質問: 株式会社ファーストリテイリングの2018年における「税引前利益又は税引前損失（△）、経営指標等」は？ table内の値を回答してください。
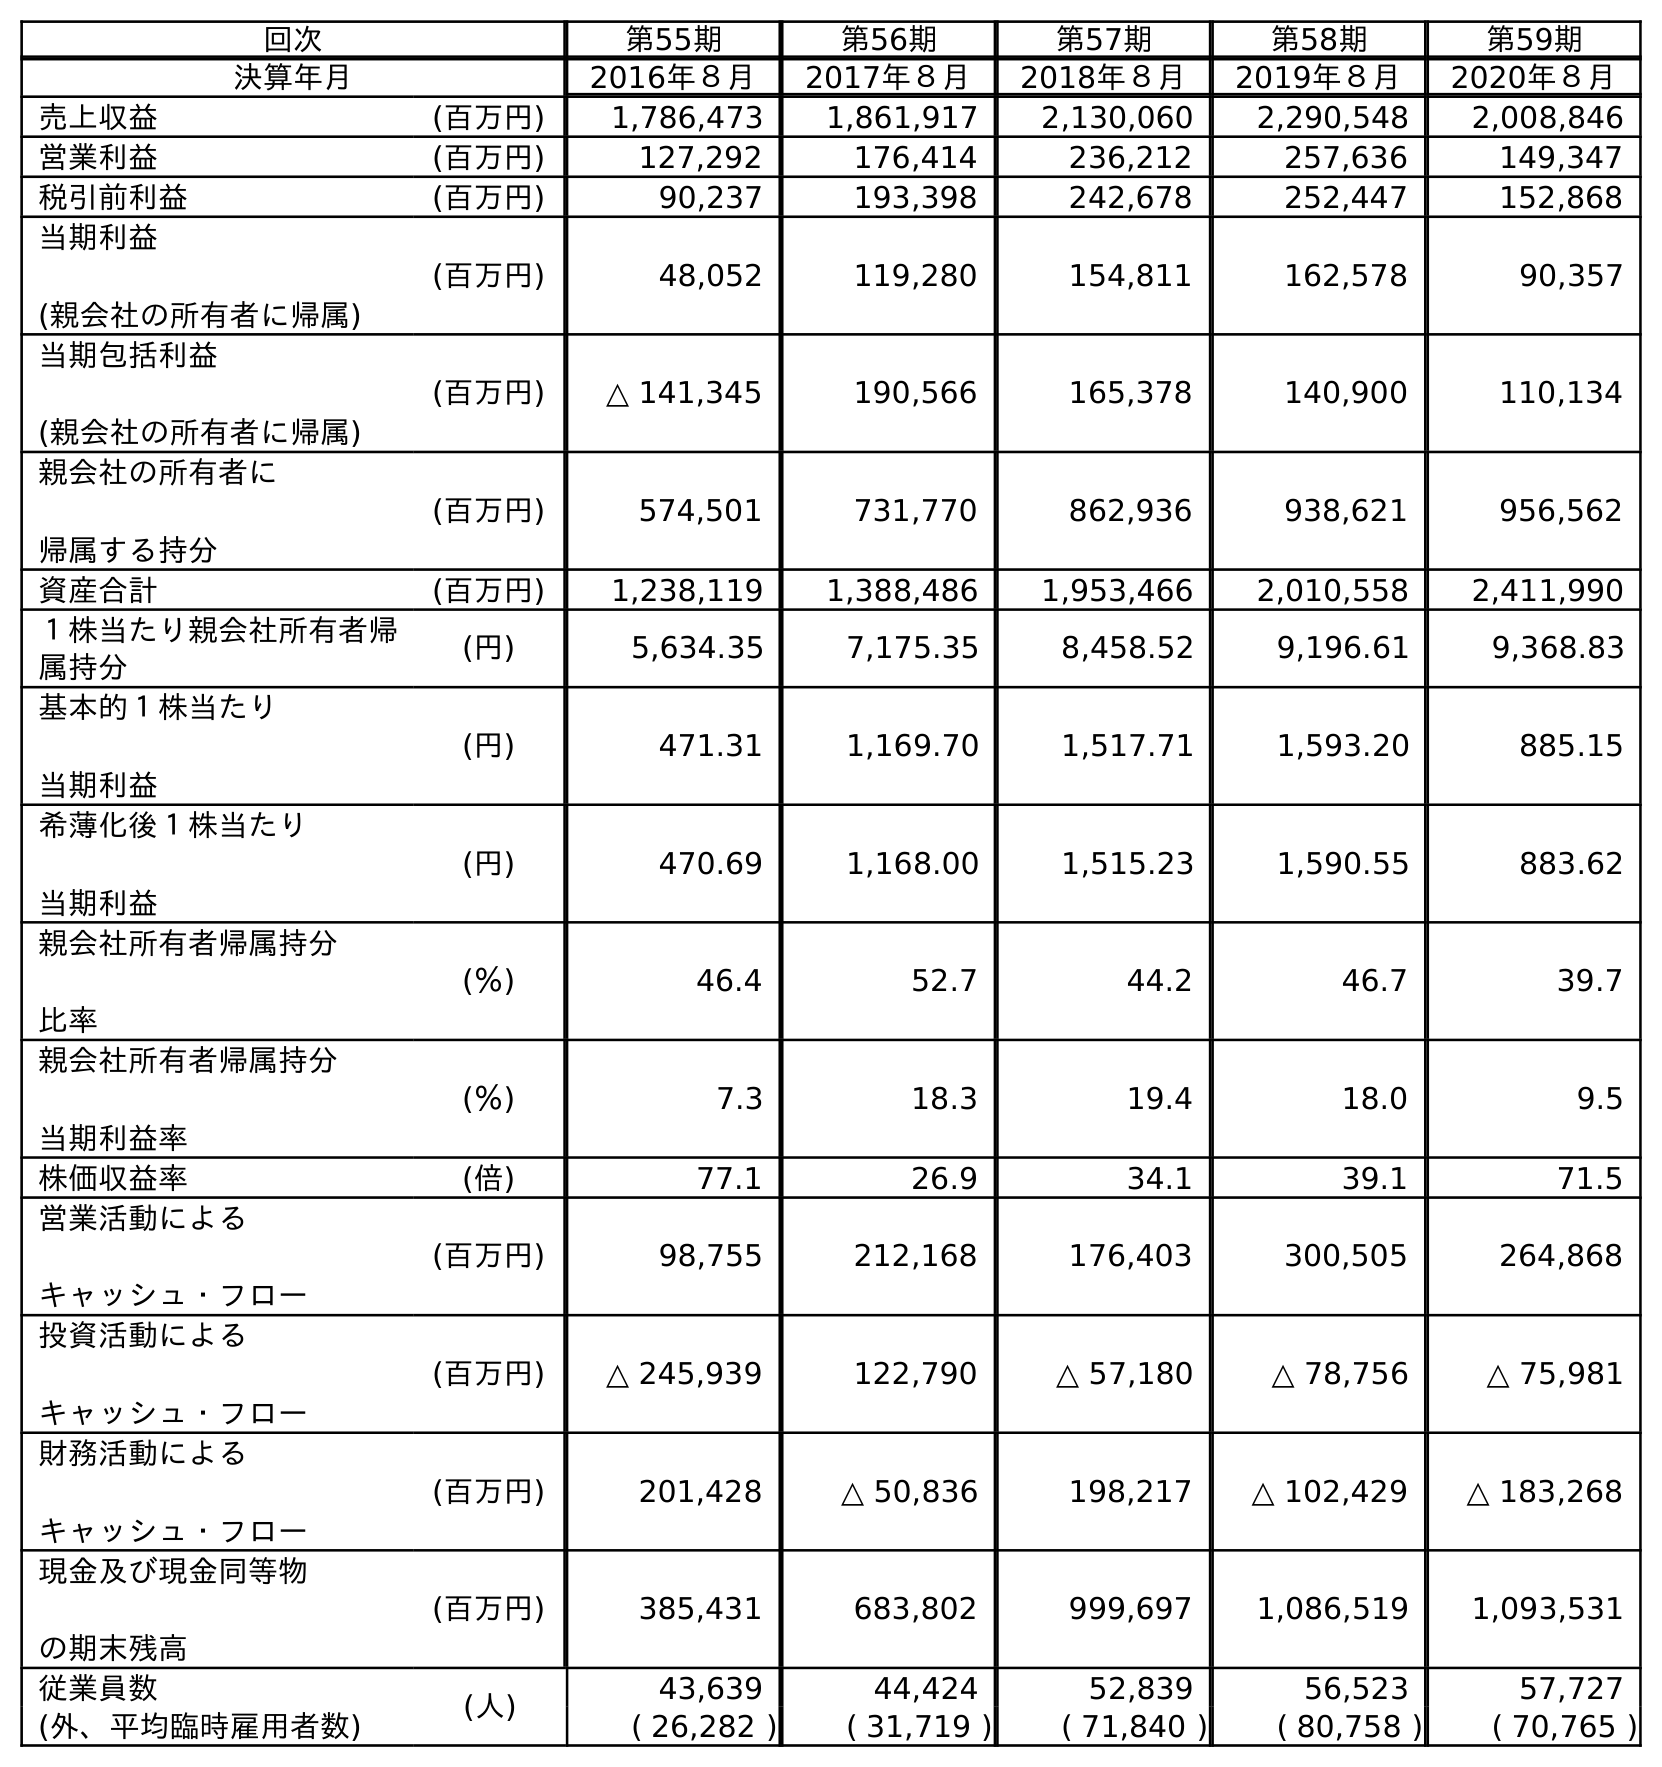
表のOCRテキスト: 回次 第55期 第56期 第57期 第58期 第59期 決算年月 2016年８月 2017年８月 2018年８月 2019年８月 2020年８月 売上収益 (百万円) 1,786,473 1,861,917 2,130,060 2,290,548 2,008,846 営業利益 (百万円) 127,292 176,414 236,212 257,636 149,347 税引前利益 (百万円) 90,237 193,398 242,678 252,447 152,868 当期利益 (親会社の所有者に帰属) (百万円) 48,052 119,280 154,811 162,578 90,357 当期包括利益 (親会社の所有者に帰属) (百万円) △ 141,345 190,566 165,378 140,900 110,134 親会社の所有者に 帰属する持分 (百万円) 574,501 731,770 862,936 938,621 956,562 資産合計 (百万円) 1,238,119 1,388,486 1,953,466 2,010,558 2,411,990 １株当たり親会社所有者帰 属持分 (円) 5,634.35 7,175.35 8,458.52 9,196.61 9,368.83 基本的１株当たり 当期利益 (円) 471.31 1,169.70 1,517.71 1,593.20 885.15 希薄化後１株当たり 当期利益 (円) 470.69 1,168.00 1,515.23 1,590.55 883.62 親会社所有者帰属持分 比率 (％) 46.4 52.7 44.2 46.7 39.7 親会社所有者帰属持分 当期利益率 (％) 7.3 18.3 19.4 18.0 9.5 株価収益率 (倍) 77.1 26.9 34.1 39.1 71.5 営業活動による キャッシュ・フロー (百万円) 98,755 212,168 176,403 300,505 264,868 投資活動による キャッシュ・フロー (百万円) △ 245,939 122,790 △ 57,180 △ 78,756 △ 75,981 財務活動による キャッシュ・フロー (百万円) 201,428 △ 50,836 198,217 △ 102,429 △ 183,268 現金及び現金同等物 の期末残高 (百万円) 385,431 683,802 999,697 1,086,519 1,093,531 従業員数 (人) 43,639 44,424 52,839 56,523 57,727 (外、平均臨時雇用者数) ( 26,282 ) ( 31,719 ) ( 71,840 ) ( 80,758 ) ( 70,765 )
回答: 242,678